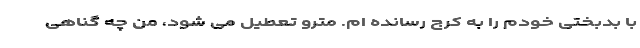
با بدبختی خودم را به کرج رسانده ام. مترو تعطیل می شود، من چه گناهی